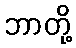
ဘာတို့